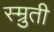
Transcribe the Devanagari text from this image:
स्म्रुती